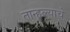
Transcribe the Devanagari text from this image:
तान्हुल्याचे